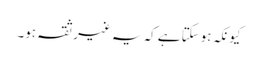
کیونکہ ہوسکتا ہے کہ یہ غیر ثقہ ہو۔